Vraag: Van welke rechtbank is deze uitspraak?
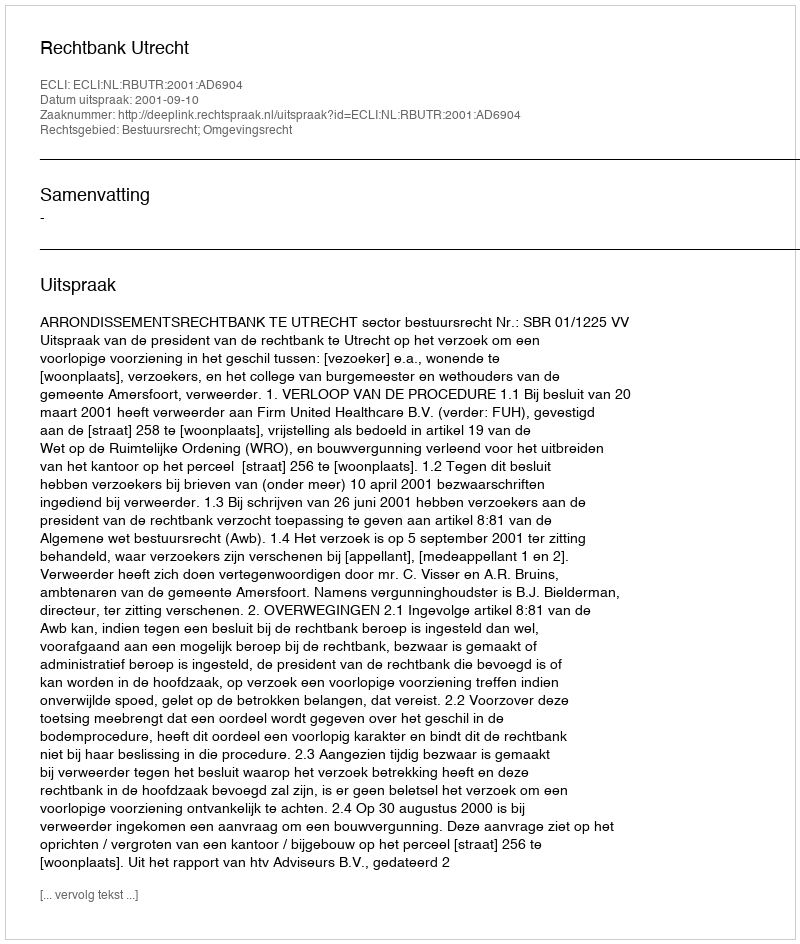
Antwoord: Rechtbank Utrecht